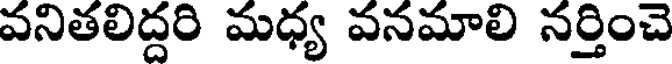
వనితలిద్దరి మధ్య వనమాలి నర్తించె